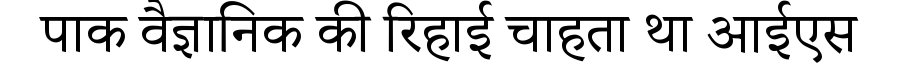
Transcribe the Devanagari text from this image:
पाक वैज्ञानिक की रिहाई चाहता था आईएस